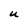
Character: U